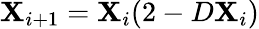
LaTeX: \mathbf{X}_{i+1}=\mathbf{X}_{i}(2-D\mathbf{X}_{i})